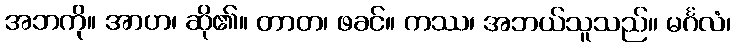
အဘကို။ အာဟ၊ ဆို၏။ တာတ၊ ဖခင်။ ကဿ၊ အဘယ်သူသည်။ မင်္ဂလံ၊